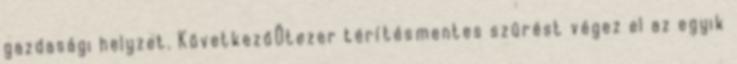
gazdasági helyzet. KövetkezőÖtezer térítésmentes szűrést végez el az egyik